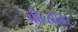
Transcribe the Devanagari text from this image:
बोल्सोवर